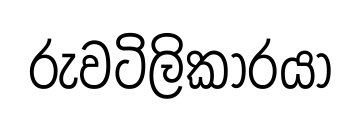
රුවටිලිකාරයා